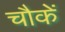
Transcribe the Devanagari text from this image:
चौकें